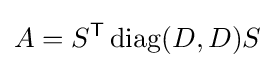
A=S^{\mathsf {T}}\operatorname {diag} (D,D)S